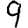
Digit: 9